Vaccination in Bombay 1874-1876 - 1874-1876
Year: 1874
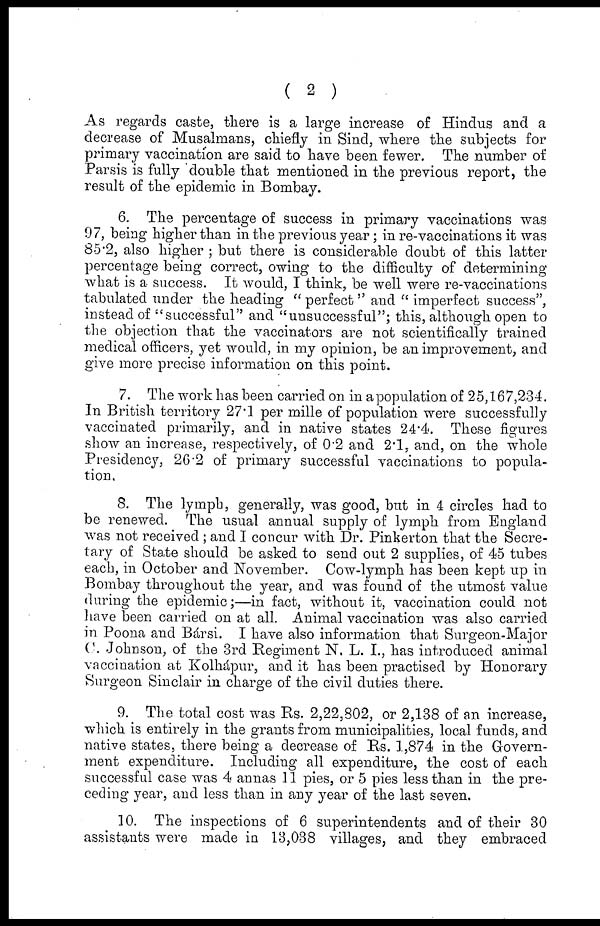
( 2 )
As regards caste, there is a large increase of Hindus and a
decrease of Musalmans, chiefly in Sind, where the subjects for
primary vaccination are said to have been fewer. The number of
Parsis is fully double that mentioned in the previous report, the
result of the epidemic in Bombay.
6. The percentage of success in primary vaccinations was
97, being higher than in the previous year; in re-vaccinations it was
85.2, also higher ; but there is considerable doubt of this latter
percentage being correct, owing to the difficulty of determining
what is a success. It would, I think, be well were re-vaccinations
tabulated under the heading " perfect " and " imperfect success",
instead of "successful" and "unsuccessful"; this, although open to
the objection that the vaccinators are not scientifically trained
medical officers, yet would, in my opinion, be an improvement, and
give more precise information on this point.
7. The work has been carried on in a population of 25,167,234.
In British territory 27.1 per mille of population were successfully
vaccinated primarily, and in native states 24.4. These figures
show an increase, respectively, of 0.2 and 2.1, and, on the whole
Presidency, 26.2 of primary successful vaccinations to popula-
tion.
8. The lymph, generally, was good, but in 4 circles had to
be renewed. The usual annual supply of lymph from England
was not received ; and I concur with Dr. Pinkerton that the Secre-
tary of State should be asked to send out 2 supplies, of 45 tubes
each, in October and November. Cow-lymph has been kept up in
Bombay throughout the year, and was found of the utmost value
during the epidemic;—in fact, without it, vaccination could not
have been carried on at all. Animal vaccination was also carried
in Poona and Bársi. I have also information that Surgeon-Major
C. Johnson, of the 3rd Regiment N. L. I., has introduced animal
vaccination at Kolkápur, and it has been practised by Honorary
Surgeon Sinclair in charge of the civil duties there.
9. The total cost was Rs. 2,22,802, or 2,138 of an increase,
which is entirely in the grants from municipalities, local funds, and
native states, there being a decrease of Rs. 1,874 in the Govern-
ment expenditure. Including all expenditure, the cost of each
successful case was 4 annas 11 pies, or 5 pies less than in the pre-
ceding year, and less than in any year of the last seven.
10. The inspections of 6 superintendents and of their 30
assistants were made in 13,038 villages, and they embraced